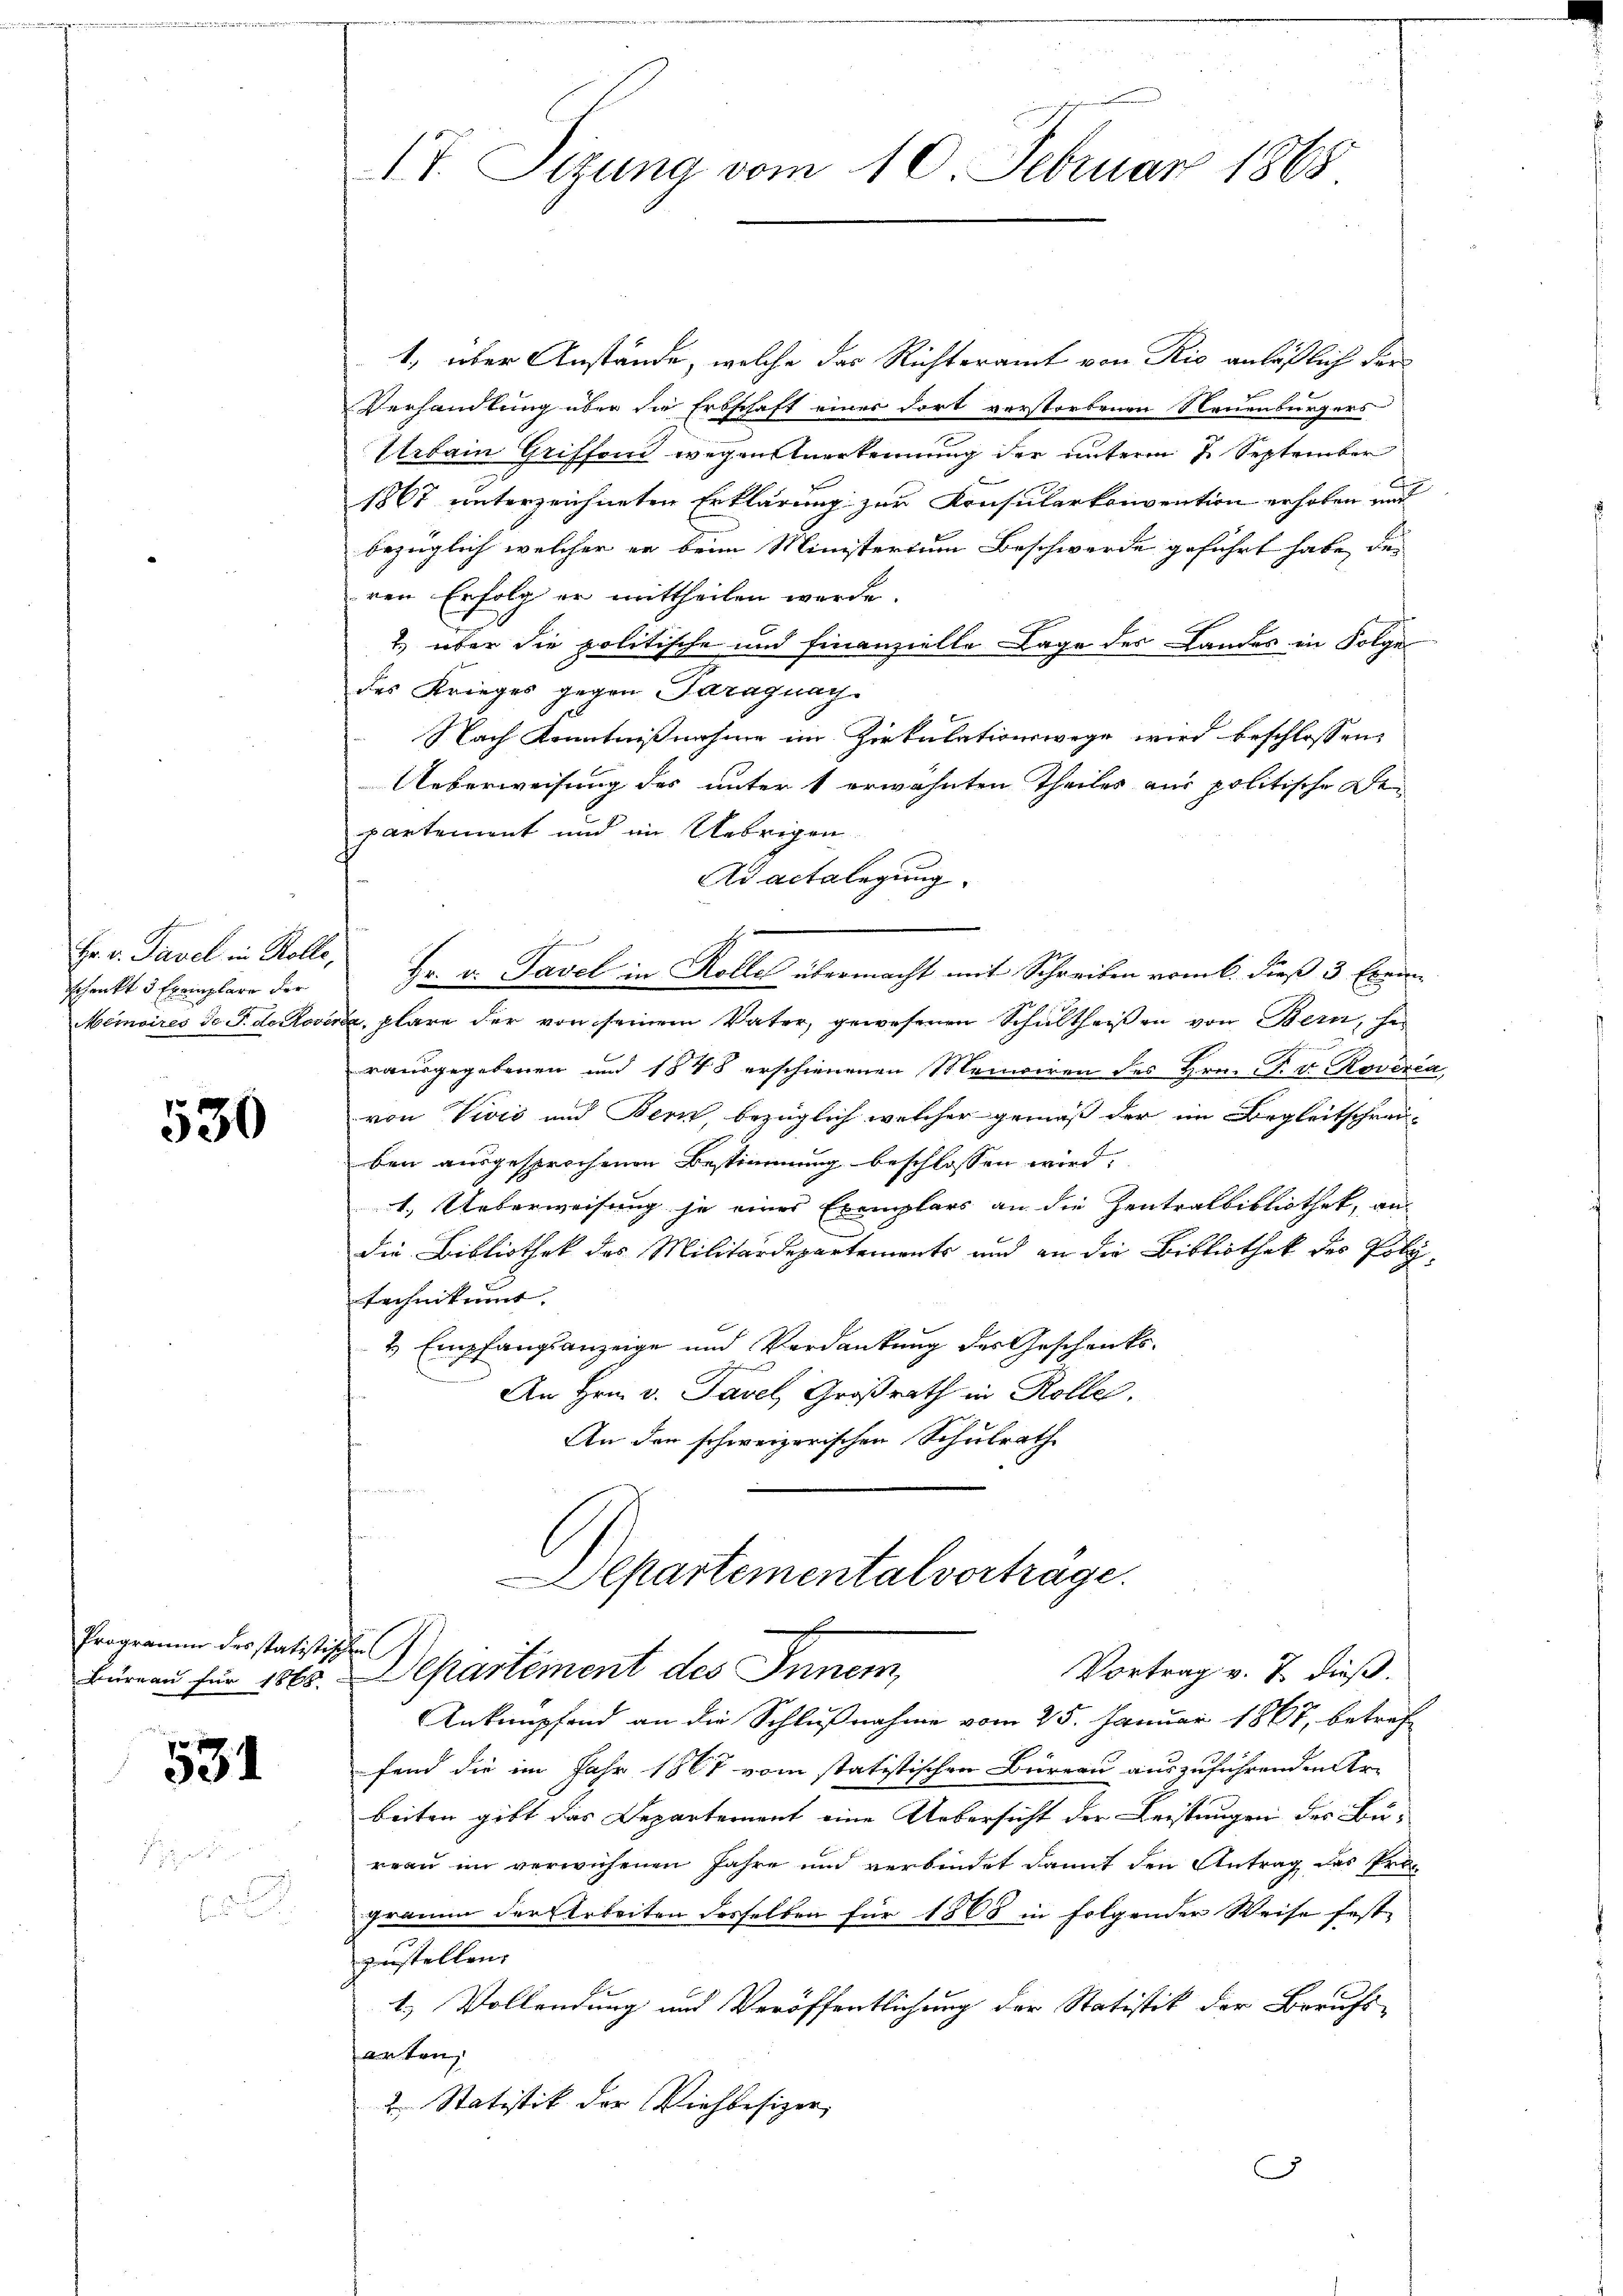
Hr. v. Tavel in Kolle,
schenkt 3 Exemplare der

530

Programm des statistische

531

i

1, über Anstände, welche das Richteramt von Rio anläßlich der
Verhandlung über die Erbschaft einer dort verstorbenen Neuenburgers
Urbain Griffend wegen Verkennung der unterm 7. September
1867 unterzeichneten Erklärung zur Konsularkonvention erhoben und
bezüglich welcher er beim Ministertum Beschwerde geführt habe, des
ren Erfolg er mittheilen werde.
2. über die politische und Finanzielle Lage des Landes in Folge
des Krieges gegen Saragnach
Nach Kenntnißnahme im Zirkulationswege wird beschlossen:
Ueberweisung des unter 1 erwähnten Theiles aus politische Bepartement und im Uebrigen
Ad actalegung.
Hr. v. Tavel in Kolle übermacht mit Schreiben vom 6. dieß 3 Exem
Memoires de S. de Coverca, plare der von seinem Vater, gewesenen Schultheißen von Bern, he
rausgegebenen und 1848 erschienenen Maniciren des Hrn. F. v. Roverca,
von Vivić und Bern, bezüglich welcher gemäß der im Begleitschreiben ausgesprochenen Bestimmung beschlossen wird.
1.) Ueberweisung je eines Exemplars an die Zentralbibliothek, an
die Bibliothek des Militärdepartements und an die Bibliothek des Poly-
technikums.
2 Empfangsanzeige und Verdankung des Geschenks¬
An Hrn. v. Tavel, Großrath in Rolle.
An den schweizerischen Schulrath
 Walden
Departemental vorträge.

17. Sizung vom 10. Februar 1868

x
Vortrag v. 7. dieß.
Büreau für 1865. Departement des Inner,

Anknüpfend an die Schlußnahme vom 25. Januar 1867, betreffend die im Jahr 1867 vom statistischen Büreau auszuführenden Ar-
beiten gibt das Departement eine Uebersicht der Leistungen der Bureau im verwichenen Jahre und verbindet damit den Antrag das Programm der Arbeiten desselben für 1868 in folgender Weise fest-
zustellen.
1.) Vollendung und Veröffentlichung der Statistik der Berufs-
arten,
2. Statistik der Viehbesizer,
G